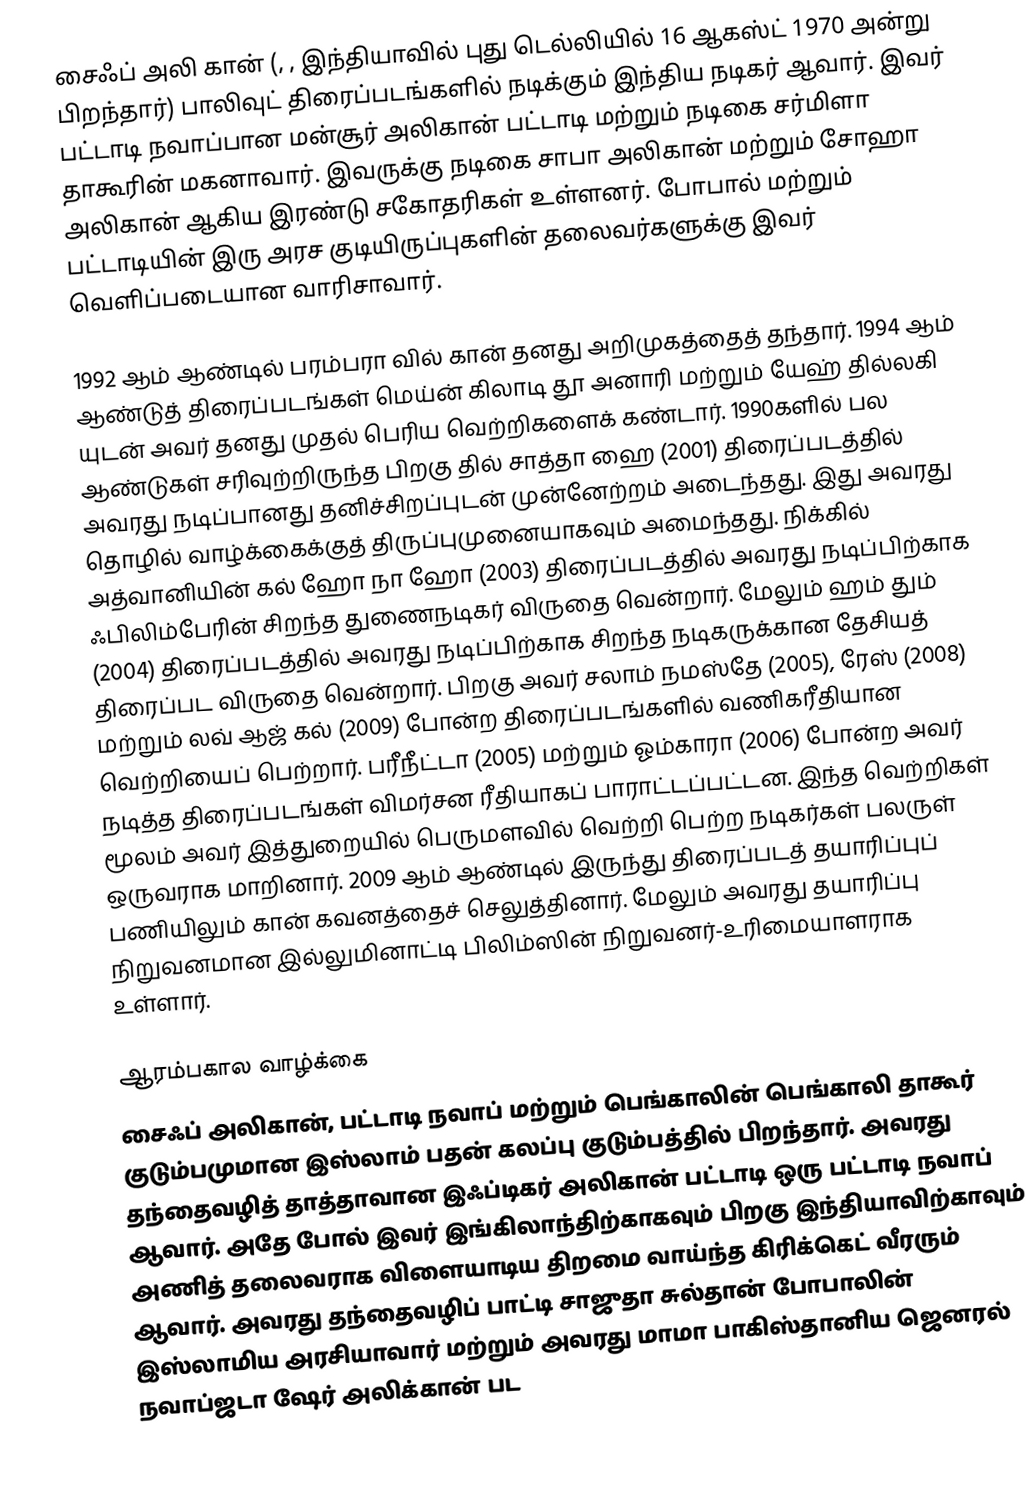
சைஃப் அலி கான் (, ,   இந்தியாவில் புது டெல்லியில் 16 ஆகஸ்ட் 1970 அன்று பிறந்தார்) பாலிவுட் திரைப்படங்களில் நடிக்கும் இந்திய நடிகர் ஆவார். இவர் பட்டாடி நவாப்பான மன்சூர் அலிகான் பட்டாடி மற்றும் நடிகை சர்மிளா தாகூரின் மகனாவார். இவருக்கு நடிகை சாபா அலிகான் மற்றும் சோஹா அலிகான் ஆகிய இரண்டு சகோதரிகள் உள்ளனர். போபால் மற்றும் பட்டாடியின் இரு அரச குடியிருப்புகளின் தலைவர்களுக்கு இவர் வெளிப்படையான வாரிசாவார்.

1992 ஆம் ஆண்டில் பரம்பரா வில் கான் தனது அறிமுகத்தைத் தந்தார். 1994 ஆம் ஆண்டுத் திரைப்படங்கள் மெய்ன் கிலாடி தூ அனாரி மற்றும் யேஹ் தில்லகி யுடன் அவர் தனது முதல் பெரிய வெற்றிகளைக் கண்டார். 1990களில் பல ஆண்டுகள் சரிவுற்றிருந்த பிறகு தில் சாத்தா ஹை (2001) திரைப்படத்தில் அவரது நடிப்பானது தனிச்சிறப்புடன் முன்னேற்றம் அடைந்தது. இது அவரது தொழில் வாழ்க்கைக்குத் திருப்புமுனையாகவும் அமைந்தது. நிக்கில் அத்வானியின் கல் ஹோ நா ஹோ (2003) திரைப்படத்தில் அவரது நடிப்பிற்காக ஃபிலிம்பேரின் சிறந்த துணைநடிகர் விருதை வென்றார். மேலும் ஹம் தும் (2004) திரைப்படத்தில் அவரது நடிப்பிற்காக சிறந்த நடிகருக்கான தேசியத் திரைப்பட விருதை வென்றார். பிறகு அவர் சலாம் நமஸ்தே (2005), ரேஸ் (2008) மற்றும் லவ் ஆஜ் கல் (2009) போன்ற திரைப்படங்களில் வணிகரீதியான வெற்றியைப் பெற்றார். பரீநீட்டா (2005) மற்றும் ஓம்காரா (2006) போன்ற அவர் நடித்த திரைப்படங்கள் விமர்சன ரீதியாகப் பாராட்டப்பட்டன. இந்த வெற்றிகள் மூலம் அவர் இத்துறையில் பெருமளவில் வெற்றி பெற்ற நடிகர்கள் பலருள் ஒருவராக மாறினார். 2009 ஆம் ஆண்டில் இருந்து திரைப்படத் தயாரிப்புப் பணியிலும் கான் கவனத்தைச் செலுத்தினார். மேலும் அவரது தயாரிப்பு நிறுவனமான இல்லுமினாட்டி பிலிம்ஸின் நிறுவனர்-உரிமையாளராக உள்ளார்.

ஆரம்பகால வாழ்க்கை
சைஃப் அலிகான், பட்டாடி நவாப் மற்றும் பெங்காலின் பெங்காலி தாகூர் குடும்பமுமான இஸ்லாம் பதன் கலப்பு குடும்பத்தில் பிறந்தார். அவரது தந்தைவழித் தாத்தாவான இஃப்டிகர் அலிகான் பட்டாடி ஒரு பட்டாடி நவாப் ஆவார். அதே போல் இவர் இங்கிலாந்திற்காகவும் பிறகு இந்தியாவிற்காவும் அணித் தலைவராக விளையாடிய திறமை வாய்ந்த கிரிக்கெட் வீரரும் ஆவார். அவரது தந்தைவழிப் பாட்டி சாஜுதா சுல்தான் போபாலின் இஸ்லாமிய அரசியாவார் மற்றும் அவரது மாமா பாகிஸ்தானிய ஜெனரல் நவாப்ஜடா ஷேர் அலிக்கான் பட